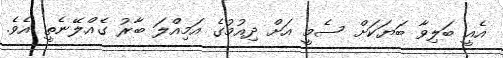
އެއީ ބަލިވާ ބަޔަކަށް ސެމީ އަށް ދިއުމުގެ އަމިއްލަ ބާރު ގެއްލޭނެތީ އެވެ.